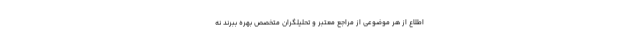
اطلاع از هر موضوعی از مراجع معتبر و تحلیلگران متخصص بهره ببرند نه